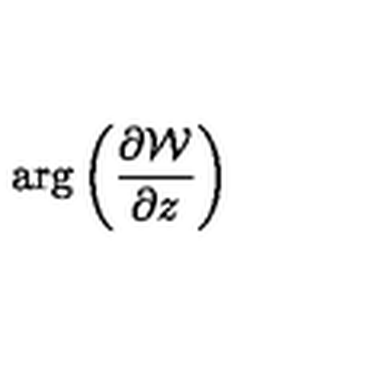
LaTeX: \mathrm { a r g } \left( { \frac { \partial { \cal W } } { \partial z } } \right)